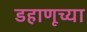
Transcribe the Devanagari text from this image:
डहाणूच्या